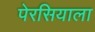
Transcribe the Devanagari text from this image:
पेरसियाला